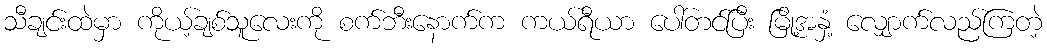
သီချင်းထဲမှာ ကိုယ့်ချစ်သူလေးကို စက်ဘီးနောက်က ကယ်ရီယာ ပေါ်တင်ပြီး မြို့အနှံ့ လျှောက်လည်ကြတဲ့